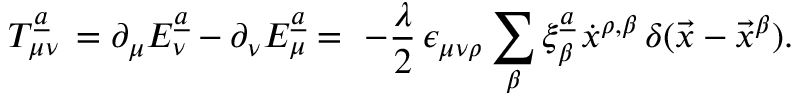
T _ { \mu \nu } \sp { \underline { { { a } } } } \, = \partial _ { \mu } E _ { \nu } ^ { \underline { { { a } } } } - \partial _ { \nu } E _ { \mu } ^ { \underline { { { a } } } } = \, \, - { \frac { \lambda } { 2 } } \, \epsilon _ { \mu \nu \rho } \sum _ { \beta } \xi _ { \beta } \sp { \underline { { { a } } } } \, \dot { x } \sp { \rho , \beta } \, \delta ( \vec { x } - \vec { x } \sp { \beta } ) .